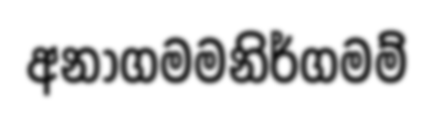
අනාගමමනිර්ගමම්